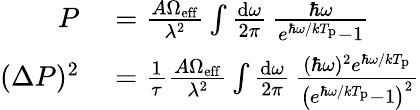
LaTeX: \begin{array}{rl}{P}&{{}=\frac{A\Omega_{\mathrm{eff}}}{\lambda^{2}}\int\frac{\mathrm{d}\omega}{2\pi}\, \frac{\hbar\omega}{e^{\hbar\omega/kT_{\mathrm{p}}}-1}}\\ {(\Delta P)^{2}}&{{}=\frac{1}{\tau}\frac{A\Omega_{\mathrm{eff}}}{\lambda^{2}}\int\frac{\mathrm{d}\omega}{2\pi}\, \frac{(\hbar\omega)^{2}e^{\hbar\omega/kT_{\mathrm{p}}}}{\left(e^{\hbar\omega/kT_{\mathrm{p}}}-1\right)^{2}}}\end{array}